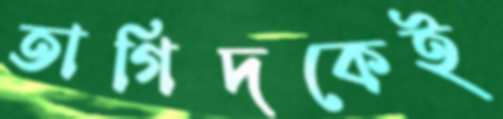
তাগিদকেই